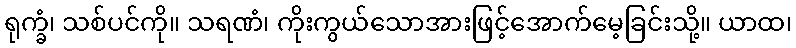
ရုက္ခံ၊ သစ်ပင်ကို။ သရဏံ၊ ကိုးကွယ်သောအားဖြင့်အောက်မေ့ခြင်းသို့။ ယာထ၊